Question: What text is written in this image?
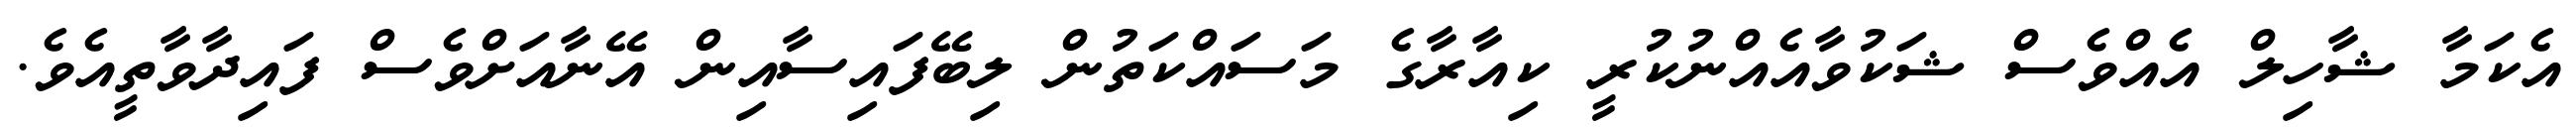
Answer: އެކަމާ ޝާހިލް އެއްވެސް ޝަކުވާއެއްނުކުރީ ކިއާރާގެ މަސައްކަތުން ލިބޭފައިސާއިން އޭނާއަށްވެސް ފައިދާވާތީއެވެ.